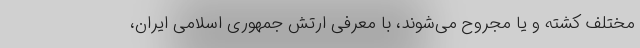
مختلف کشته و یا مجروح می‌شوند، با معرفی ارتش جمهوری اسلامی ایران،